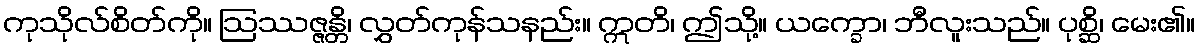
ကုသိုလ်စိတ်ကို။ ဩဿဇ္ဇန္တိ၊ လွှတ်ကုန်သနည်း။ ဣတိ၊ ဤသို့။ ယက္ခော၊ ဘီလူးသည်။ ပုစ္ဆိ၊ မေး၏။